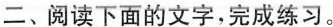
二、阅读下面的文字，完成练习。